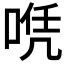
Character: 𠶉